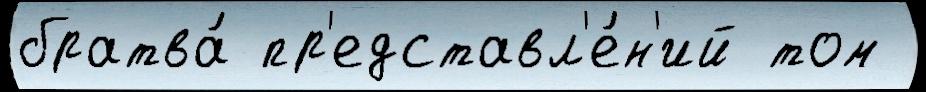
братва́ пр'едставл'е́н'ий том